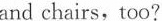
and chairs,too?